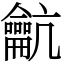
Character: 䶳